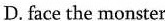
D. face the monster